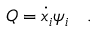
Q = { \dot { x } } _ { i } \psi _ { i } \quad .